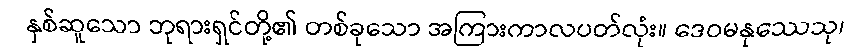
နှစ်ဆူသော ဘုရားရှင်တို့၏ တစ်ခုသော အကြားကာလပတ်လုံး။ ဒေဝမနုဿေသု၊